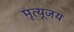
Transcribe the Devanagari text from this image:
मृत्यूजय